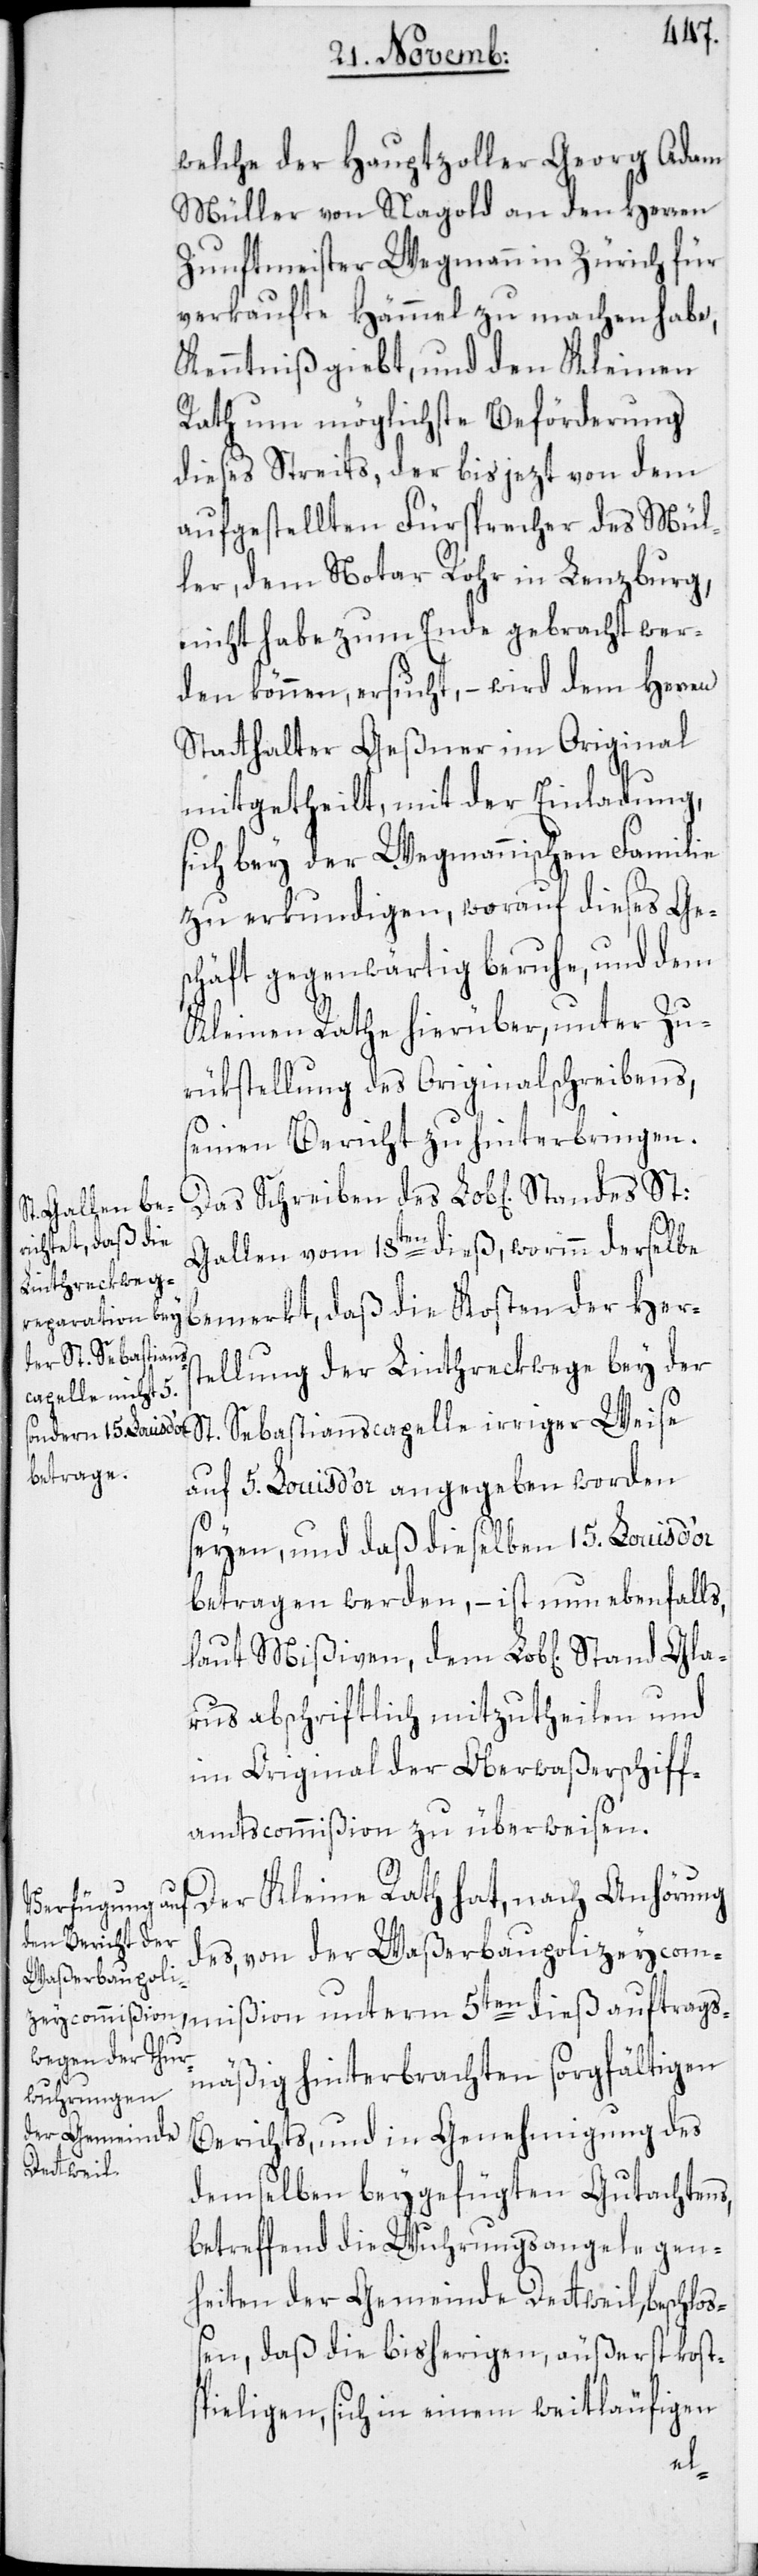
welche der Hauptzoller Georg Adam
Müller von Nagold an den Herren
Zunftmeister Wegmann in Zürich für
verkaufte Hämmel zu machen habe,
Kenntniß giebt, und den Kleinen
Rath um möglichste Beförderung
dieses Streits, der bis jezt von dem
aufgestellten Fürsprecher des Mül¬
ler, dem Notar Rohr in Lenzburg,
nicht habe zum Ende gebracht wer¬
den können, ersucht, – wird dem Herren
Statthalter Geßner im Original
mitgetheilt, mit der Einladung,
sich bey der Wegmannischen Familie
zu erkundigen, worauf dieses Ge¬
schäft gegenwärtig beruhe, und dem
Kleinen Rathe hierüber, unter Zu¬
rükstellung des Originalschreibens,
seinen Bericht zu hinterbringen.
trags¬
Gallen vom 18ten dieß, worinn derselbe
bemerkt, daß die Kosten der Hers¬
tellung der Linthreckwege bey der
St. Sebastianscapelle irriger Weise
unterm 5ten dieß
auf 5. Louis d’or angegeben worden
seyen, und daß dieselben 15. Louis d’or
betragen werden, – ist nun ebenfalls,
laut Mißiven, dem Lob[lichen] Stand
arus abschriftlich mitzutheilen und
im Original der Oberwaßerschiff¬
amtscommißion zu überweisen.
des, von der Waßerbaupolizeycommi¬
mäßig hinterbrachten sorgfältigen
Berichts, und in Genehmigung des
demselben beygefügten Gutachtens,
betreffend die Wuhrungsangelegen¬
heiten der Gemeinde Dettweil, beschloß¬
en, daß die bisherigen, äußerst kosts¬
pieligen, sich in einem weitläufigen
auf¬